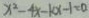
x ^ { 2 } - 4 x - k x - 1 = 0